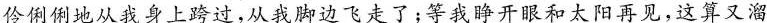
伶俐俐地从我身上跨过，从我脚边飞走了；等我睁开眼和太阳再见，这算又溜